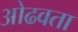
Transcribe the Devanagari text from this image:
ओढवता